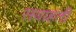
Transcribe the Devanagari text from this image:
सयाहती